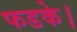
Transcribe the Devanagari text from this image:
फडके।